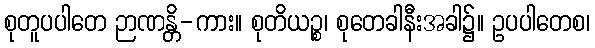
စုတူပပါတေ ဉာဏန္တိ-ကား။ စုတိယဉ္စ၊ စုတေခါနီးအခါ၌။ ဥပပါတေစ၊